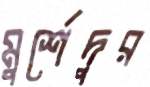
মুর্শেদুর